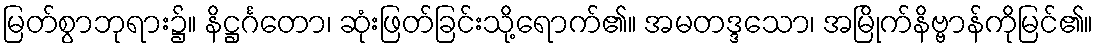
မြတ်စွာဘုရား၌။ နိဋ္ဌင်္ဂတော၊ ဆုံးဖြတ်ခြင်းသို့ရောက်၏။ အမတဒ္ဒသော၊ အမြိုက်နိဗ္ဗာန်ကိုမြင်၏။